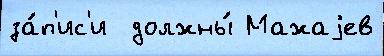
за́п'ис'и  должны́ Мажаjев